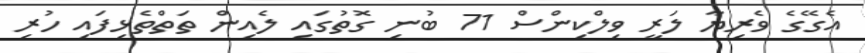
އެގޭގެ ވެރިޔާ ލަރީ ވިލްކިންސް 71 ބުނި ގޮތުގައި ލެއިން ތަތްތެޅިފައި ހުރި